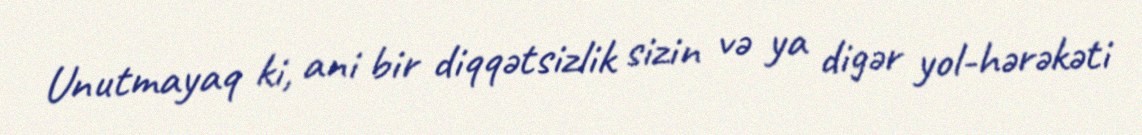
Unutmayaq ki, ani bir diqqətsizlik sizin və ya digər yol-hərəkəti